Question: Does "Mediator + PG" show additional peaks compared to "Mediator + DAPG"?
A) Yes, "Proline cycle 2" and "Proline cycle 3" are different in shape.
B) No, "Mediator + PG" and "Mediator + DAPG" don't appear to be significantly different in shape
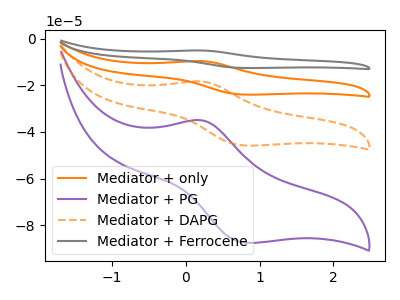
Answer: <think>The orange curve "Mediator + only" has an anodic peak at (0.20V, -36.65uA) and a cathodic peak at (0.85V, -91.70uA). The purple curve "Mediator + PG" has an anodic peak at (0.20V, -35.00uA) and a cathodic peak at (0.85V, -87.60uA). The orange dashed curve "Mediator + DAPG" has an anodic peak at (0.20V, -18.30uA) and a cathodic peak at (0.85V, -45.85uA). The gray curve "Mediator + Ferrocene" has an anodic peak at (0.20V, -54.95uA) and a cathodic peak at (0.85V, -137.55uA).
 All the peaks in "Mediator + PG" have a peak in "Mediator + DAPG" at the same potential.</think>
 <answer>B) No, "Mediator + PG" and "Mediator + DAPG" don't appear to be significantly different in shape</answer>
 <eval>B</eval>